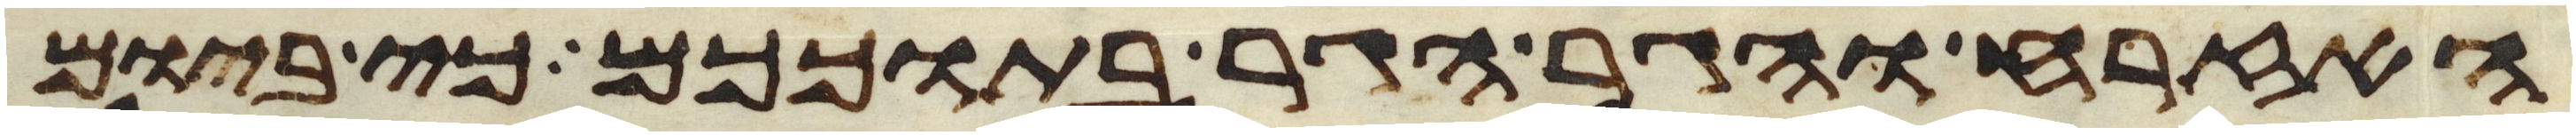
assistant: האזרח והגר הגר בתוככם כי ביום